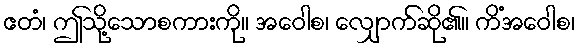
ဧတံ၊ ဤသို့သောစကားကို။ အဝေါစ၊ လျှောက်ဆို၏။ ကိံအဝေါစ၊